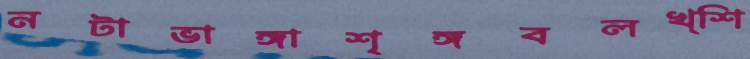
নটাভাঙ্গাশৃঙ্গবলখ্শি